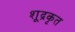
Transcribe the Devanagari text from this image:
शूद्रकृत